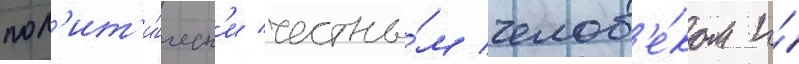
пол'ит'и́ческ'и честны́м челов'е́ком и́